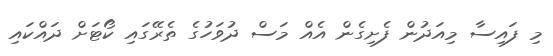
މި ފައިސާ މިއަދުން ފެށިގެން އެއް މަސް ދުވަހުގެ ތެރޭގައި ކޯޓަށް ދައްކައި